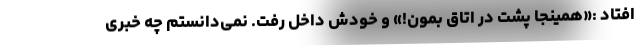
افتاد :«همینجا پشت در اتاق بمون!» و خودش داخل رفت. نمی‌دانستم چه خبری